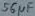
Text: 56µF